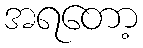
အရတော့